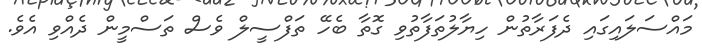
މައްސަލައިގައި ދެފަރާތުން ހިޔާލުތަފާތުވި ގޮތާ ބެހޭ ތަފްސީލް ވެސް ތަސްމީން ދެއްވި އެވެ.